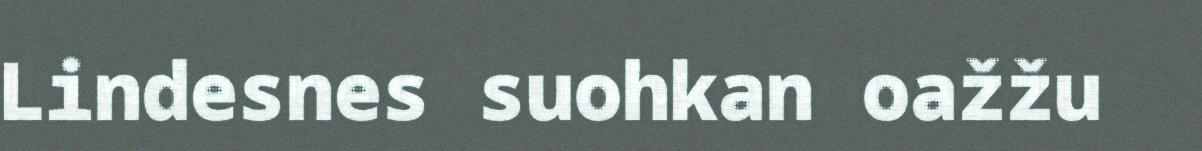
Lindesnes suohkan oažžu